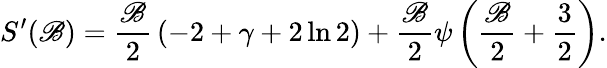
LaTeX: S^{\prime}(\mathscr{B})=\frac{{\mathscr{B}}}{{2}}\, (-2+\gamma+2\ln2)+\frac{{\mathscr{B}}}{{2}}\psi\left(\frac{{\mathscr{B}}}{{2}}+\frac{{3}}{{2}}\right).